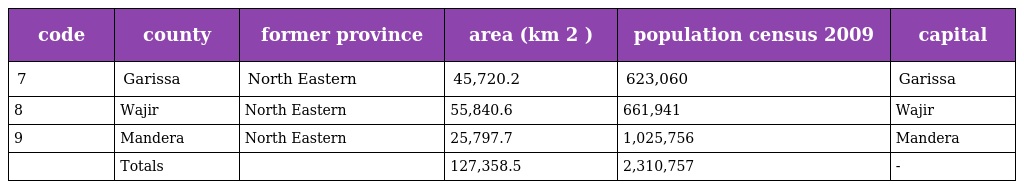
| code | county | former province | area (km 2 ) | population census 2009 | capital |
 | --- | --- | --- | --- | --- | --- |
 | 7 | Garissa | North Eastern | 45,720.2 | 623,060 | Garissa |
 | 8 | Wajir | North Eastern | 55,840.6 | 661,941 | Wajir |
 | 9 | Mandera | North Eastern | 25,797.7 | 1,025,756 | Mandera |
 |  | Totals |  | 127,358.5 | 2,310,757 | - |